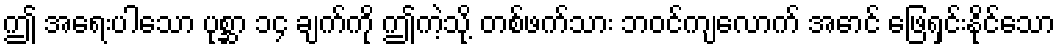
ဤ အရေးပါသော ပုစ္ဆာ ၁၄ ချက်ကို ဤကဲ့သို့ တစ်ဖက်သား ဘဝင်ကျလောက် အောင် ဖြေရှင်းနိုင်သော